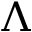
\Lambda